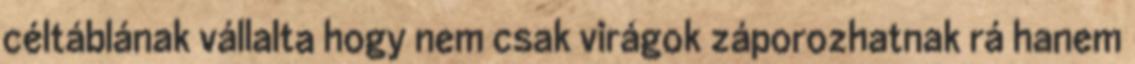
céltáblának vállalta hogy nem csak virágok záporozhatnak rá hanem